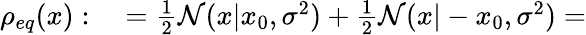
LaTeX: \begin{array}{rl}{\rho_{eq}(x):}&{{}=\frac{1}{2}\mathcal{N}(x|x_{0},\sigma^{2})+\frac{1}{2}\mathcal{N}(x|-x_{0},\sigma^{2})=}\end{array}